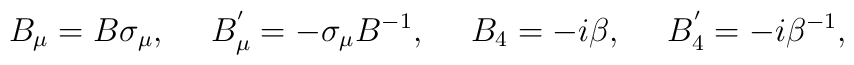
B_{\mu} = B \sigma_{\mu}, ~~~~ B_{\mu}^{'} = - \sigma_{\mu} B^{-1}, ~~~~B_{4} = -i\beta,~~~~ B_{4}^{'} = -i\beta^{-1},